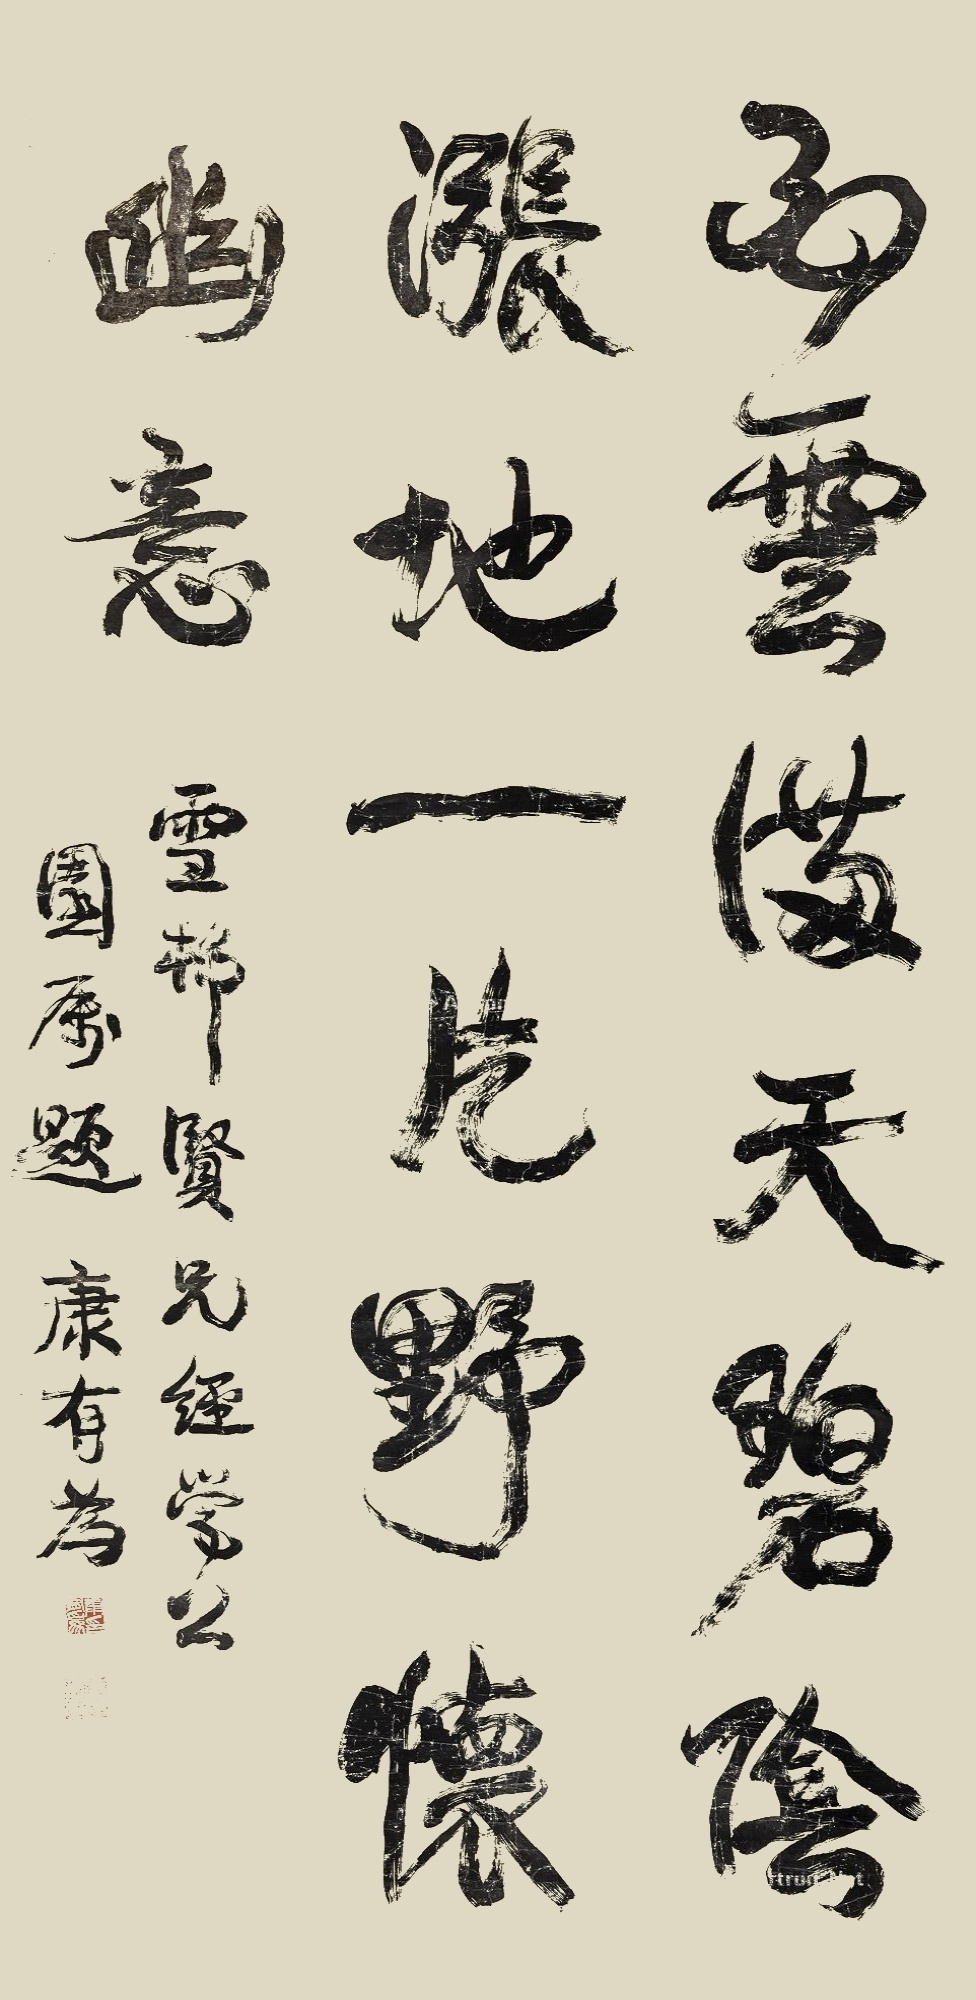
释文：白云满天，碧阴涨地，一片野怀幽意。雪邨贤兄，经学公园属题。康有为。